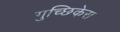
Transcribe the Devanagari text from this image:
गुच्छिकेस